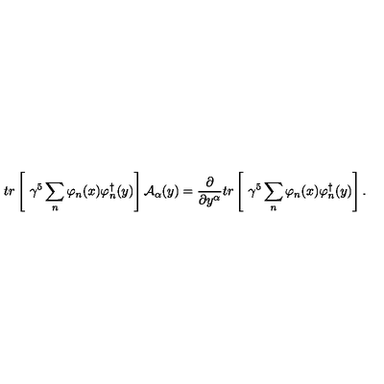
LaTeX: t r \left[ \ \gamma ^ { 5 } \sum _ { n } \varphi _ { n } ( x ) \varphi _ { n } ^ { \dag } ( y ) \right] { \cal A } _ { \alpha } ( y ) = \frac { \partial } { \partial y ^ { \alpha } } t r \left[ \ \gamma ^ { 5 } \sum _ { n } \varphi _ { n } ( x ) \varphi _ { n } ^ { \dag } ( y ) \right] .